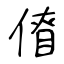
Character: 傄